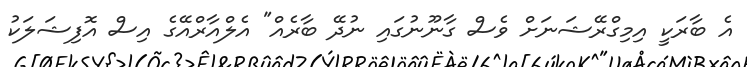
އެ ބާރަކީ އިމިގްރޭޝަނަށް ވެސް ގާނޫނުގައި ނުދޭ ބާރެއް" އެލްއާރްއޭގެ އިސް އޮފިޝަލަކު